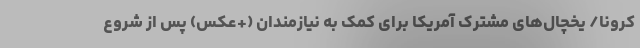
کرونا/ یخچال‌های مشترک آمریکا برای کمک به نیازمندان (+عکس) پس از شروع